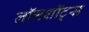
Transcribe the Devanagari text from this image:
लॉगशॉट्स